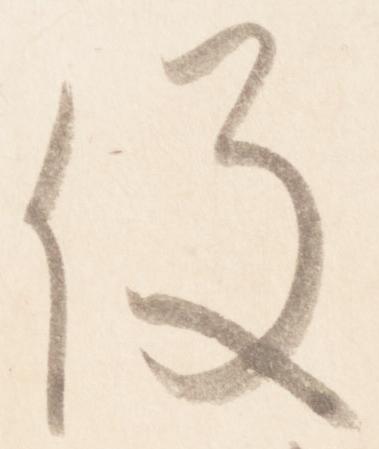
役